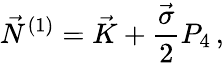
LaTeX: \vec{N}^{(1)}=\vec{K}+\frac{\vec{\sigma}}{2}P_{4}\, ,